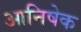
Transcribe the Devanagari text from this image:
आनिषेक